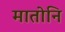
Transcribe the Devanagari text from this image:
मातोनि